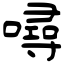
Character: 噚